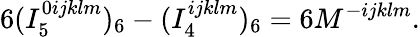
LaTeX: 6(I_{5}^{0ijklm})_{6}-(I_{4}^{ijklm})_{6}=6M^{-ijklm}.